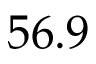
5 6 . 9